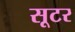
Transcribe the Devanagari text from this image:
सूटर